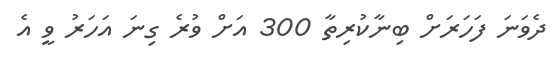
ދެވަނަ ފަހަރަށް ބިނާކުރިތާ 300 އަށް ވުރެ ގިނަ އަހަރު ވީ އެ